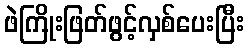
ဖဲကြိုးဖြတ်ဖွင့်လှစ်ပေးပြီး